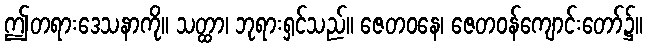
ဤတရားဒေသနာကို။ သတ္ထာ၊ ဘုရားရှင်သည်။ ဇေတဝနေ၊ ဇေတဝန်ကျောင်းတော်၌။